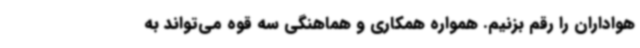
هواداران را رقم بزنیم. همواره همکاری و هماهنگی سه قوه می‌تواند به